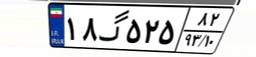
۵۷گ۲۵۰۶۷